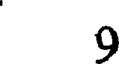
9